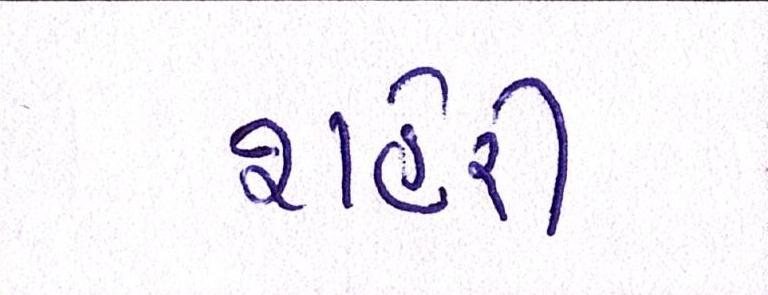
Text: શહેરી